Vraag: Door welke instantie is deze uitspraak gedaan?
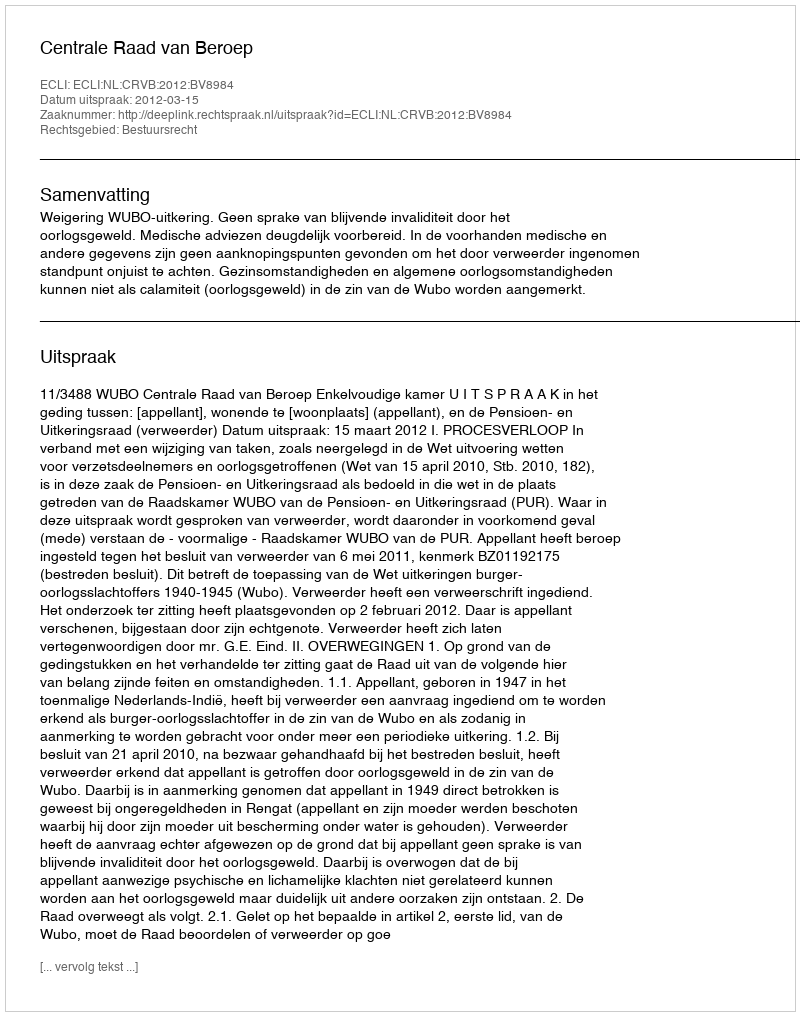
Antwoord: Centrale Raad van Beroep